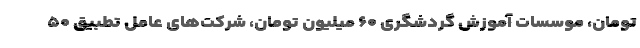
تومان، موسسات آموزش گردشگری ۶۰ میلیون تومان، شرکت‌های عامل تطبیق ۵۰